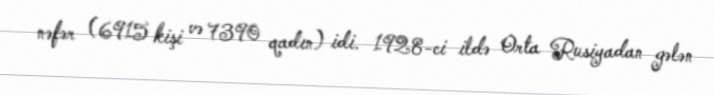
nəfər (6915 kişi və 7390 qadın) idi. 1928-ci ildə Orta Rusiyadan gələn